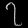
Digit: ၇